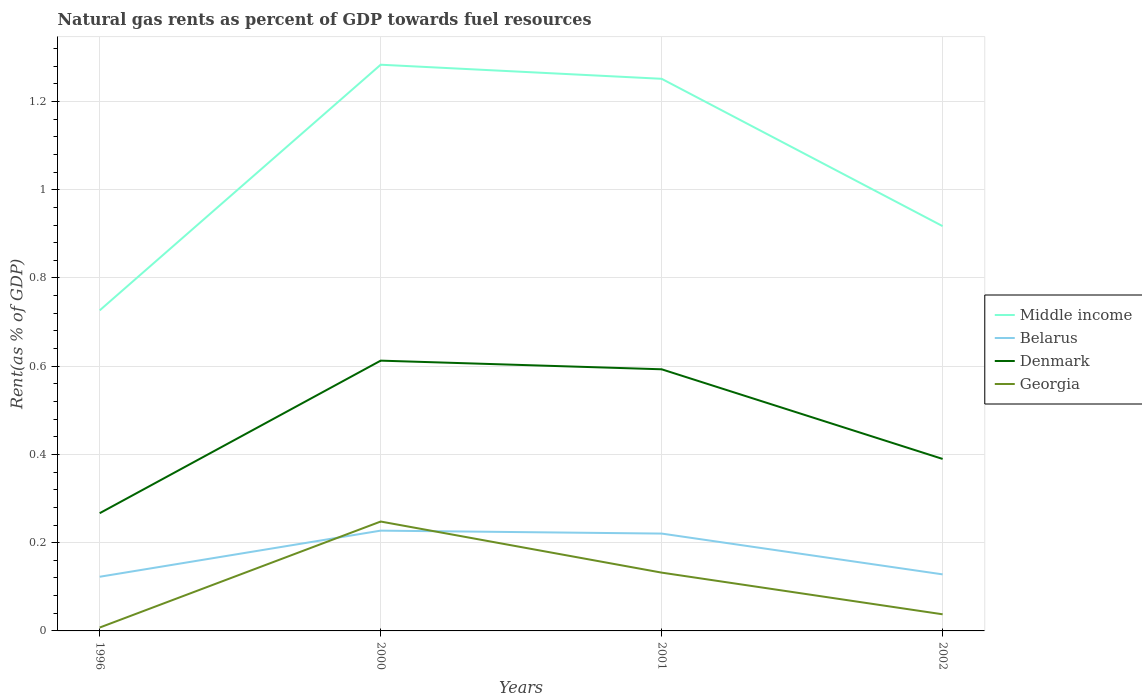
| Years | Middle income | Belarus | Denmark | Georgia |
 | --- | --- | --- | --- | --- |
 | 1996 | 0.727 | 0.123 | 0.267 | 0.00767 |
 | 2000 | 1.28 | 0.227 | 0.613 | 0.248 |
 | 2001 | 1.25 | 0.221 | 0.593 | 0.132 |
 | 2002 | 0.918 | 0.128 | 0.39 | 0.0377 |